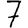
Digit: 7